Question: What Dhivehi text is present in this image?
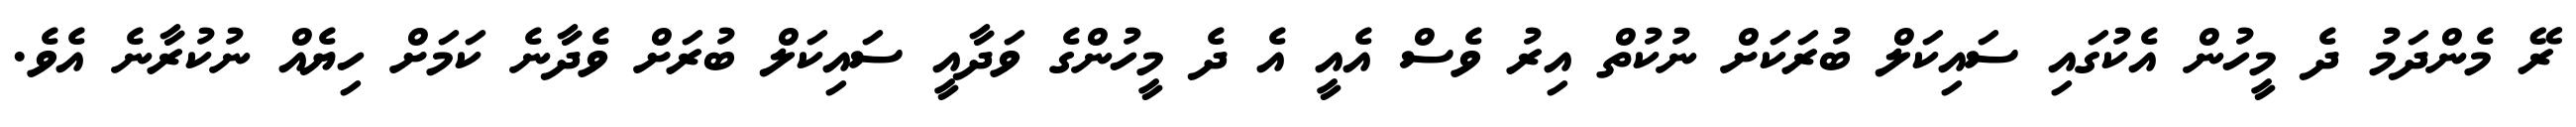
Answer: ރޭ މެންދަމު ދެ މީހުން އެކުގައި ސައިކަލް ބުރަކަށް ނުކުތް އިރު ވެސް އެއީ އެ ދެ މީހުންގެ ވަދާއީ ސައިކަލް ބުރަށް ވެދާނެ ކަމަށް ހިޔެއް ނުކުރާނެ އެވެ.